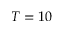
T = 1 0